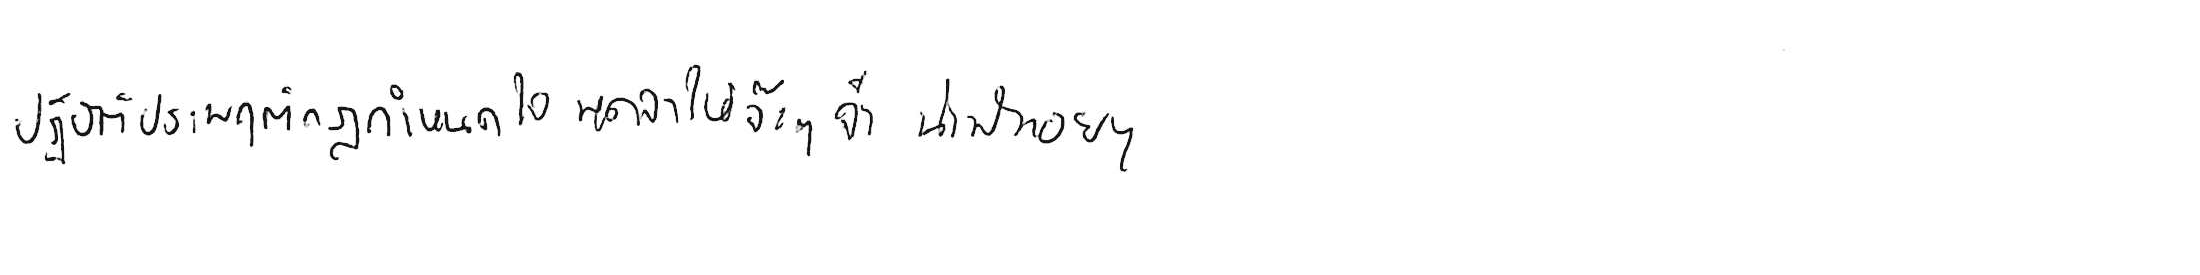
ปฏิบัติประพฤติกฎกำหนดใจ พูดจาให้จ๊ะๆ จ๋า น่าฟังเอยฯ